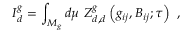
I _ { d } ^ { g } = \int _ { { \cal { M } } _ { g } } d \mu ~ Z _ { d , d } ^ { g } \left( g _ { i j } , B _ { i j } ; \tau \right) \ ,